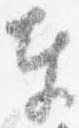
奉